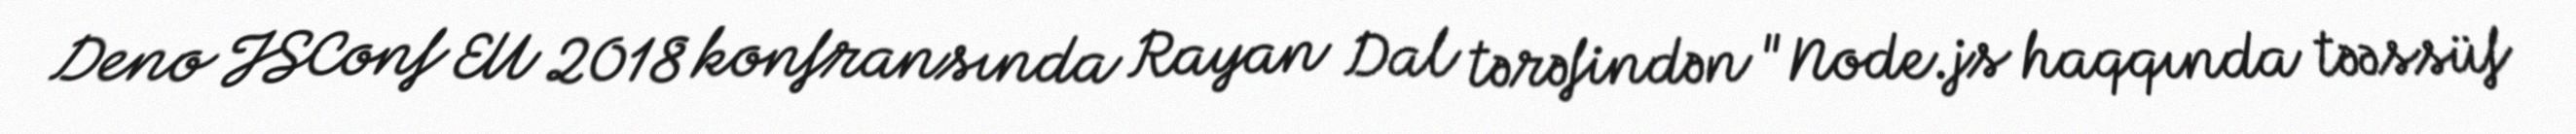
Deno JSConf EU 2018 konfransında Rayan Dal tərəfindən "Node.js haqqında təəssüf